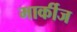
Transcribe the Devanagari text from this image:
मार्कीज